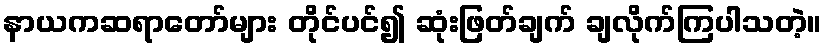
နာယကဆရာတော်များ တိုင်ပင်၍ ဆုံးဖြတ်ချက် ချလိုက်ကြပါသတဲ့။